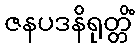
ဇနပဒနိရုတ္တိံ